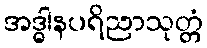
အဒ္ဓါနပရိညာသုတ္တံ